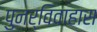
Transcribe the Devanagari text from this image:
पुनर्विवाहास